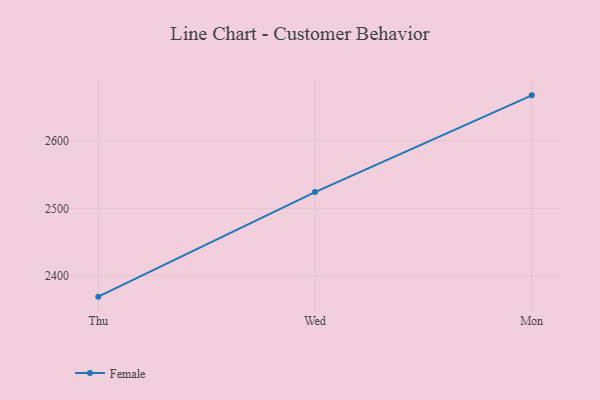
{"axis": {"x": "Day", "y": "Net Income (USD K)"}, "legend": ["Female"], "data": [{"x": "Thu", "y": 2369.1, "type": "Female"}, {"x": "Wed", "y": 2524.1, "type": "Female"}, {"x": "Mon", "y": 2667.5, "type": "Female"}]}